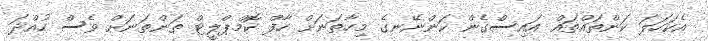
އެކަހަލަ ކަންތައްތައް އައިސްގެން ކަންނޭނގެ މިހާތަނަށް ހާފް ކޮމްޕްލީޓް ތަންތަނަށް ވެސް ހުއްދަ